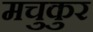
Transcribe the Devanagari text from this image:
मचुकुर